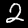
Digit: 2